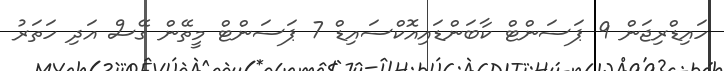
ހައިޑްރިޖަން 9 ޕަސަންޓް ކާބަންޑައިއޮކްސައިޑް 7 ޕަސަންޓް މީތޭން ގޭސް އަދި ހަތަރު